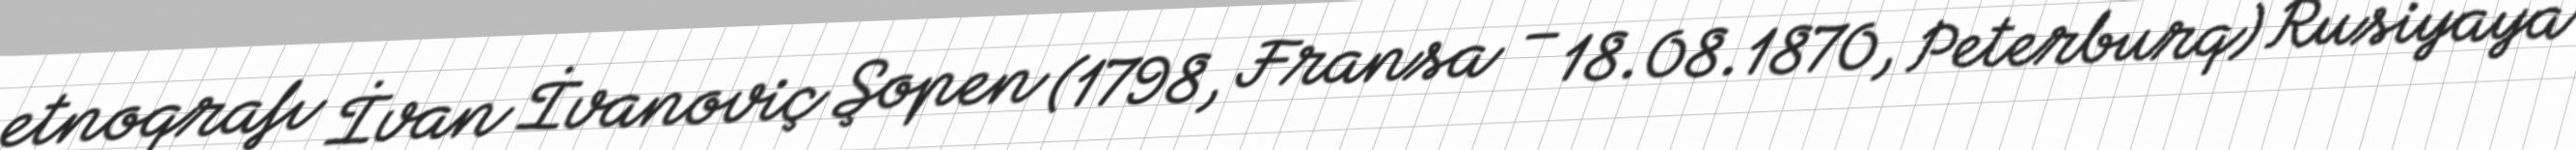
etnoqrafı İvan İvanoviç Şopen (1798, Fransa – 18.08.1870, Peterburq) Rusiyaya